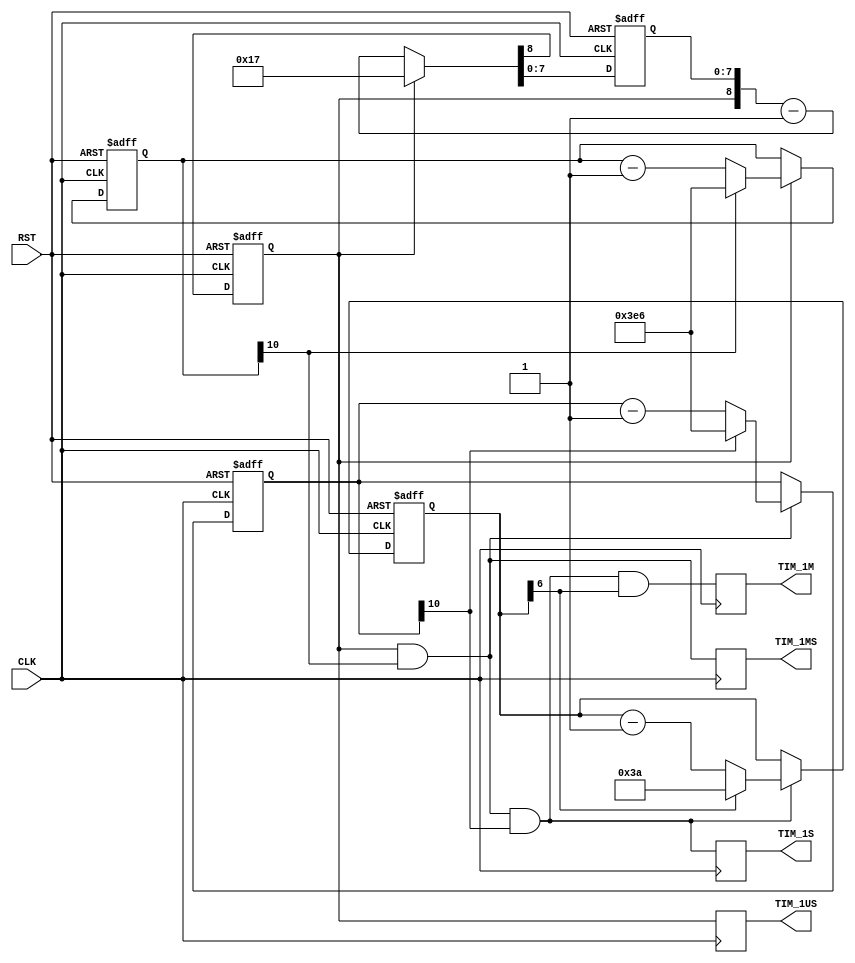
/*******************************************************************************
*                                                                              *
* Module      : TIMER                                                          *
* Version     : v 0.2.0 2010/03/31                                             *
*               v 3.0  2010/04/21 Change polarity of system reset              *
*                                                                              *
* Description : TIMER                                                          *
*                                                                              *
*                Copyright (c) 2010 Bee Beans Technologies Co.,Ltd.            *
*                All rights reserved                                           *
*                                                                              *
*******************************************************************************/
module TIMER(
// Parameter: 158(160M), 123(125M),48(50MHz) ,23(25MHz), 18(20MHz), 8(10Mz)
// System
	CLK					,	// in	: System clock
	RST					,	// in	: System reset
// Intrrupts
	TIM_1US				,	// out	: 1 us interval
	TIM_1MS				,	// out	: 1 ms interval
	TIM_1S				,	// out	: 1 s interval
	TIM_1M					// out	: 1 m interval
);

//-------- Input/Output -------------
	input			CLK					;
	input			RST					;

	output			TIM_1US				;
	output			TIM_1MS				;
	output			TIM_1S				;
	output			TIM_1M				;

//------ output signals -----
	wire			TIM_1US				;
	wire			TIM_1MS				;
	wire			TIM_1S				;
	wire			TIM_1M				;

	reg				pulse1us			;
	reg				pulse1ms			;
	reg				pulse1s				;
	reg				pulse1m				;

	parameter	[7:0]	TIM_PERIOD = 8'd23;	// 23=1us/40ns - 2(25MHz), 18(20MHz), 8(10Mz)

//------------------------------------------------------------------------------
//	Timer
//------------------------------------------------------------------------------
	reg				usCry				;
	reg		[7:0]	usTim				;

	always@ (posedge CLK or posedge RST) begin
		if(RST)begin
			{usCry,usTim[7:0]}	<= 9'd0;
		end else begin
			{usCry,usTim[7:0]}	<= (usCry	? {1'b0,TIM_PERIOD[7:0]}	: {usCry,usTim[7:0]} - 9'd1);
		end
	end

//	assign	carryUs	= usCry;

	reg		[10:0]	msTim				;
	reg		[10:0]	sTim				;
	reg		[6:0]	mTim				;

	always@ (posedge CLK or posedge RST) begin
		if(RST)begin
			msTim[10:0]	<= 11'd0;
			sTim[10:0]	<= 11'd0;
			mTim[6:0]	<= 7'd0;
		end else begin
			if(usCry)begin
				msTim[10:0]	<= (msTim[10]	? 11'd998 : msTim[10:0] - 11'd1);
			end
			if(usCry & msTim[10])begin
				sTim[10:0]	<= (sTim[10]	? 11'd998 : sTim[10:0] - 11'd1);
			end
			if(usCry & msTim[10] & sTim[10])begin
				mTim[6:0]	<= (mTim[6]	? 7'd58 : mTim[6:0] - 7'd1);
			end
		end
	end

	always@ (posedge CLK) begin
		pulse1us	<= usCry;
		pulse1ms	<= usCry & msTim[10];
		pulse1s		<= usCry & msTim[10] & sTim[10];
		pulse1m		<= usCry & msTim[10] & sTim[10] & mTim[6];
	end

	assign	TIM_1US	= pulse1us;
	assign	TIM_1MS	= pulse1ms;
	assign	TIM_1S	= pulse1s;
	assign	TIM_1M	= pulse1m;

//------------------------------------------------------------------------------
endmodule